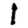
Digit: 1